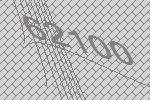
62100